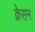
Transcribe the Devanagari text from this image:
क्रेसन